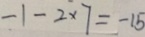
- 1 - 2 \times 7 = - 1 5